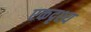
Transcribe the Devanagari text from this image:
एकदृश्य